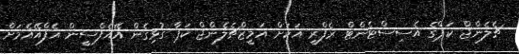
ޗެލެންޖް ކަޕްގެ އެސިސްޓެންޓް ރެފްރީ އަކަށް އަމީޒްޗެލެންޖް ކަޕާ ގުޅިގެން އޭއެފްސީން އެފްއޭއެމަށް